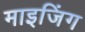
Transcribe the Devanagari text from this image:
माइजिंग